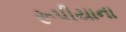
રૂપીયાના